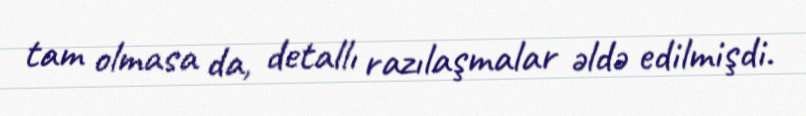
tam olmasa da, detallı razılaşmalar əldə edilmişdi.